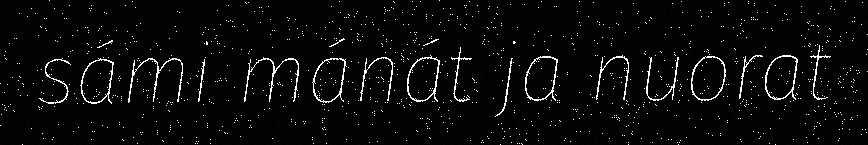
sámi mánát ja nuorat